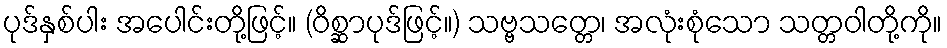
ပုဒ်နှစ်ပါး အပေါင်းတို့ဖြင့်။ (ဝိစ္ဆာပုဒ်ဖြင့်။) သဗ္ဗသတ္တေ၊ အလုံးစုံသော သတ္တဝါတို့ကို။